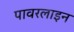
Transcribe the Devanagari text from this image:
पावरलाइन